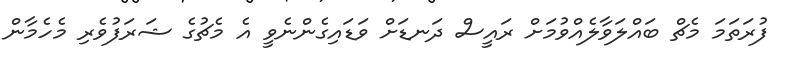
ފުރަތަމަ މެޗް ބައްލަވާލެއްވުމަށް ރައީސް ދަނޑަށް ވަޑައިގެންނެވީ އެ މެޗުގެ ޝަރަފުވެރި މެހެމާން